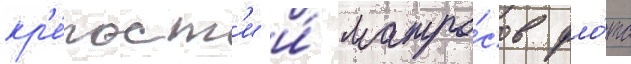
кр'е́пост'и и́ матро́сов фло́та